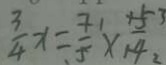
\frac { 3 } { 4 } x = \frac { 7 } { 5 } \times \frac { 4 5 3 } { 1 4 }